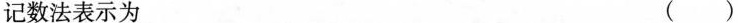
记数法表示为 ()